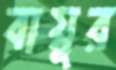
বায়ুর